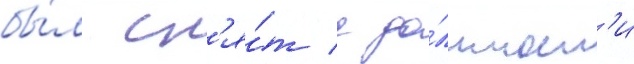
бы́л сн'я́т с до́лжност'и